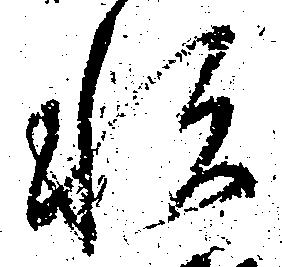
私